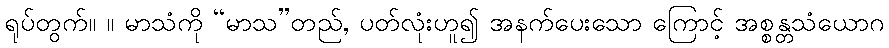
ရုပ်တွက်။ ။ မာသံကို “မာသ”တည်, ပတ်လုံးဟူ၍ အနက်ပေးသော ကြောင့် အစ္စန္တသံယောဂ